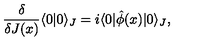
\frac { \delta } { \delta J ( x ) } \langle 0 | 0 \rangle _ { J } = i \langle 0 | \hat { \phi } ( x ) | 0 \rangle _ { J } ,